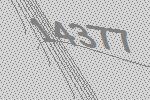
14377